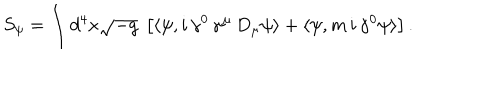
S _ { \psi } = \int d ^ { 4 } x \sqrt { - g } \ \left[ \langle \psi , i \, \gamma ^ { 0 } \, \gamma ^ { \mu } \, D _ { \mu } \psi \rangle + \langle \psi , m \, i \, \gamma ^ { 0 } \psi \rangle \right] .